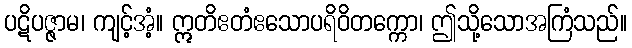
ပဋိပဇ္ဇာမ၊ ကျင့်အံ့။ ဣတိဧတံဧသောပရိဝိတက္ကော၊ ဤသို့သောအကြံသည်။